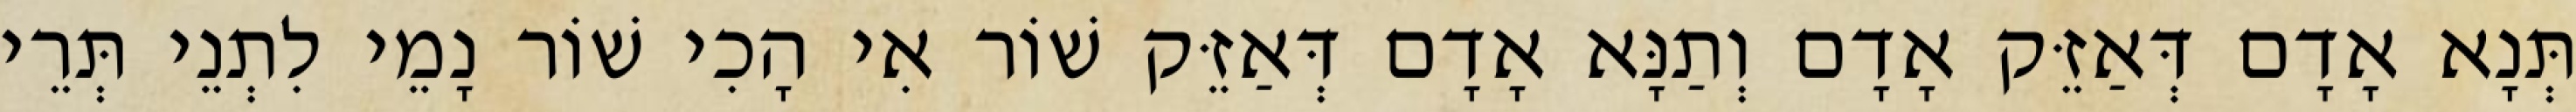
תְּנָא אָדָם דְּאַזֵּק אָדָם וְתַנָּא אָדָם דְּאַזֵּק שׁוֹר אִי הָכִי שׁוֹר נָמֵי לִתְנֵי תְּרֵי